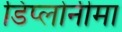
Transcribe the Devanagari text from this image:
डिप्लोनीमा